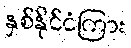
နှစ်နိုင်ငံကြား